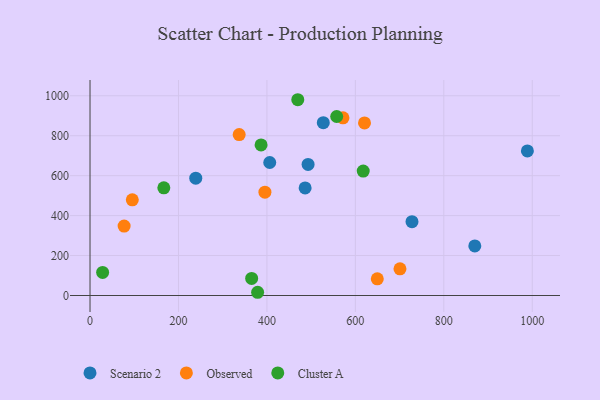
{"axis": {"x": "Engine Size", "y": "Rating"}, "legend": ["Cluster A", "Observed", "Scenario 2"], "data": [{"x": "728.1", "y": 369.5, "type": "Scenario 2"}, {"x": "870.1", "y": 248.4, "type": "Scenario 2"}, {"x": "527.5", "y": 865.1, "type": "Scenario 2"}, {"x": "486.4", "y": 538.7, "type": "Scenario 2"}, {"x": "239.1", "y": 587.5, "type": "Scenario 2"}, {"x": "406.4", "y": 665.9, "type": "Scenario 2"}, {"x": "989.0", "y": 724.1, "type": "Scenario 2"}, {"x": "493.1", "y": 656.4, "type": "Scenario 2"}, {"x": "337.3", "y": 805.9, "type": "Observed"}, {"x": "77.1", "y": 347.8, "type": "Observed"}, {"x": "95.6", "y": 478.8, "type": "Observed"}, {"x": "395.5", "y": 517.2, "type": "Observed"}, {"x": "620.7", "y": 863.8, "type": "Observed"}, {"x": "649.6", "y": 83.7, "type": "Observed"}, {"x": "700.9", "y": 133.7, "type": "Observed"}, {"x": "572.0", "y": 889.5, "type": "Observed"}, {"x": "469.8", "y": 980.2, "type": "Cluster A"}, {"x": "365.5", "y": 85.5, "type": "Cluster A"}, {"x": "386.8", "y": 753.8, "type": "Cluster A"}, {"x": "379.0", "y": 16.2, "type": "Cluster A"}, {"x": "617.8", "y": 623.2, "type": "Cluster A"}, {"x": "28.5", "y": 115.5, "type": "Cluster A"}, {"x": "166.9", "y": 539.0, "type": "Cluster A"}, {"x": "557.8", "y": 896.3, "type": "Cluster A"}]}